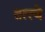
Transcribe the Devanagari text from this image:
तत्‍त्‍वे